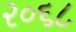
૨૦૬૮